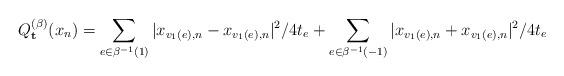
LaTeX: \begin{align*} Q^{(\beta)}_{\mathbf{t}}(x_n) = \sum_{e \in \beta^{-1}(1)}|x_{v_1(e), n} - x_{v_1(e), n}|^2/4t_e + \sum_{e \in \beta^{-1}(-1)}|x_{v_1(e), n} + x_{v_1(e), n}|^2/4t_e\end{align*}